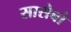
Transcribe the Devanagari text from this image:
सासेबो